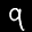
Label: 9